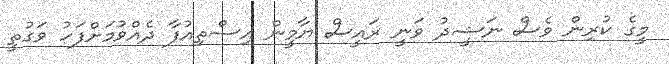
މީގެ ކުރިން ވެސް ނަޝީދު ވަނީ ރައީސް ޔާމީން އިސްތިއުފާ ދެއްވުމަށްފަހު ވަގުތީ